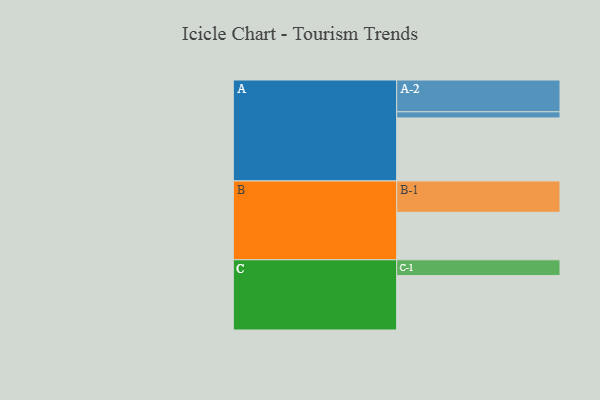
{"axis": {"x": "Segment", "y": "Value"}, "legend": ["", "A", "B", "C"], "data": [{"x": "A", "y": 535, "type": ""}, {"x": "B", "y": 403, "type": ""}, {"x": "C", "y": 462, "type": ""}, {"x": "A-1", "y": 52, "type": "A"}, {"x": "A-2", "y": 270, "type": "A"}, {"x": "B-1", "y": 266, "type": "B"}, {"x": "C-1", "y": 134, "type": "C"}]}